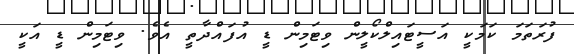
ފުރަތަމަ ކަމަކީ އަސީޓައިލްކޯލީން ވިޓަމިން ޑީ އުފައްދާތީ އެވެ. ވިޓަމިން ޑީ އަކީ